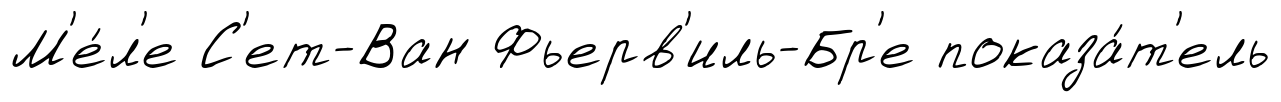
М'е́л'е С'ет-Ван Фьерв'иль-Бр'е показа́т'ель